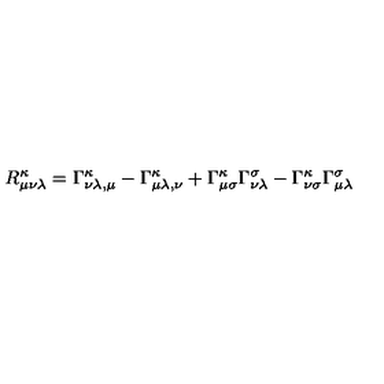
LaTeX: R _ { \mu \nu \lambda } ^ { \kappa } = \Gamma _ { { \nu \lambda } , \mu } ^ { \kappa } - \Gamma _ { { \mu \lambda } , \nu } ^ { \kappa } + \Gamma _ { \mu \sigma } ^ { \kappa } \Gamma _ { \nu \lambda } ^ { \sigma } - \Gamma _ { \nu \sigma } ^ { \kappa } \Gamma _ { \mu \lambda } ^ { \sigma }